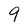
Character: 9